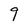
Character: 9